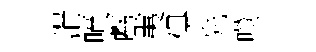
涓噴虧夷俱先噬